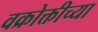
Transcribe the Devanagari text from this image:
वक्रोक्तीच्या